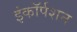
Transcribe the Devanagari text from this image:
इंकॉर्पशन